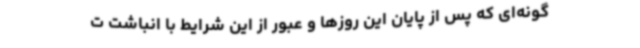
‌گونه‌ای که پس از پایان این روزها و عبور از این شرایط با انباشت ت